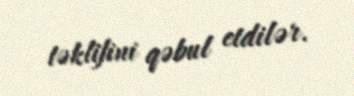
təklifini qəbul etdilər.